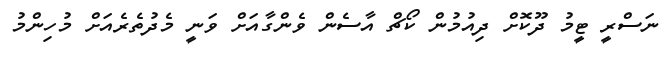
ނަސްރީ ޓީމު ދޫކޮށް ދިއުމުން ކޯޗް އާސެން ވެންގާއަށް ވަނީ މެދުތެރެއަށް މުހިންމު